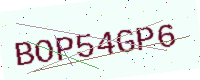
Text: BOP54GP6